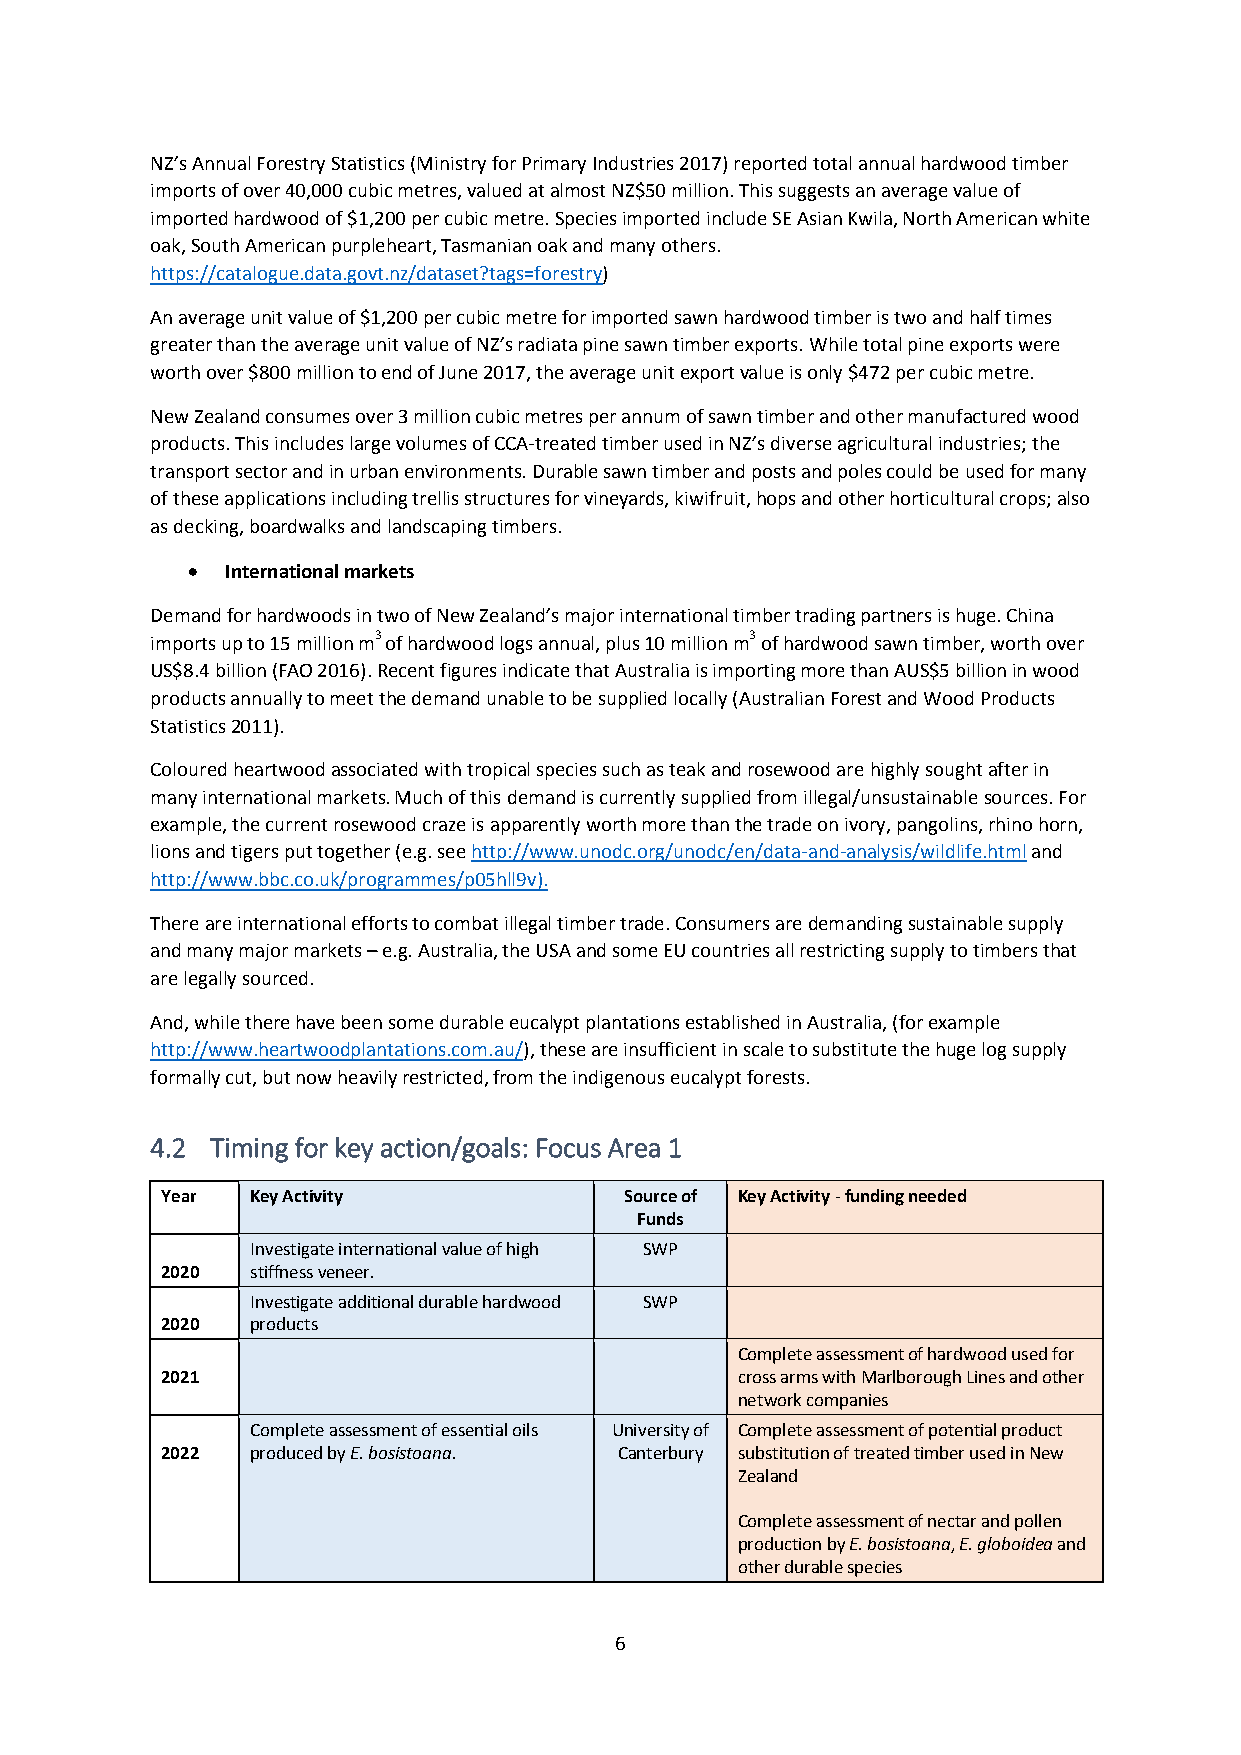
NZ’s Annual Forestry Statistics (Ministry for Primary Industries 2017) reported total annual hardwood timber
 imports of over 40,000 cubic metres, valued at almost NZ$50 million. This suggests an average value of
 imported hardwood of $1,200 per cubic metre. Species imported include SE Asian Kwila, North American white
 oak, South American purpleheart, Tasmanian oak and many others.
 https://catalogue.data.govt.nz/dataset?tags=forestry)
 An average unit value of $1,200 per cubic metre for imported sawn hardwood timber is two and half times
 greater than the average unit value of NZ’s radiata pine sawn timber exports. While total pine exports were
 worth over $800 million to end of June 2017, the average unit export value is only $472 per cubic metre.
 New Zealand consumes over 3 million cubic metres per annum of sawn timber and other manufactured wood
 products. This includes large volumes of CCA-treated timber used in NZ’s diverse agricultural industries; the
 transport sector and in urban environments. Durable sawn timber and posts and poles could be used for many
 of these applications including trellis structures for vineyards, kiwifruit, hops and other horticultural crops; also
 as decking, boardwalks and landscaping timbers.
   International markets
 Demand for hardwoods in two of New Zealand’s major international timber trading partners is huge. China
 imports up to 15 million m3 of hardwood logs annual, plus 10 million m3 of hardwood sawn timber, worth over
 US$8.4 billion (FAO 2016). Recent figures indicate that Australia is importing more than AUS$5 billion in wood
 products annually to meet the demand unable to be supplied locally (Australian Forest and Wood Products
 Statistics 2011).
 Coloured heartwood associated with tropical species such as teak and rosewood are highly sought after in
 many international markets. Much of this demand is currently supplied from illegal/unsustainable sources. For
 example, the current rosewood craze is apparently worth more than the trade on ivory, pangolins, rhino horn,
 lions and tigers put together (e.g. see http://www.unodc.org/unodc/en/data-and-analysis/wildlife.html and
 http://www.bbc.co.uk/programmes/p05hll9v).
 There are international efforts to combat illegal timber trade. Consumers are demanding sustainable supply
 and many major markets – e.g. Australia, the USA and some EU countries all restricting supply to timbers that
 are legally sourced.
 And, while there have been some durable eucalypt plantations established in Australia, (for example
 http://www.heartwoodplantations.com.au/), these are insufficient in scale to substitute the huge log supply
 formally cut, but now heavily restricted, from the indigenous eucalypt forests.
 4.2 Timing for key action/goals: Focus Area 1
 Year  Key Activity            Source of Key Activity - funding needed
 Funds
 Investigate international value of high SWP
 2020  stiffness veneer.
 Investigate additional durable hardwood SWP
 2020  products
 Complete assessment of hardwood used for
 2021                                  cross arms with Marlborough Lines and other
 network companies
 Complete assessment of essential oils University of Complete assessment of potential product
 2022  produced by E. bosistoana. Canterbury substitution of treated timber used in New
 Zealand
 Complete assessment of nectar and pollen
 production by E. bosistoana, E. globoidea and
 other durable species
 6